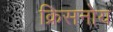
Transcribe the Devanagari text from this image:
क्रिसनोय